Source: Handwritten
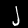
Digit: ၂ (2)